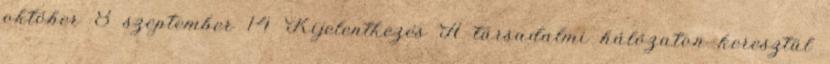
október 8 szeptember 14 Kijelentkezés A társadalmi hálózaton keresztül